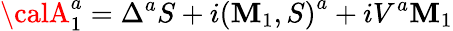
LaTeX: {\calA}_{1}^{a}=\Delta^{a}S+i\left(\mathbf{M}_{1},S\right)^{a}+iV^{a}\mathbf{M}_{1}